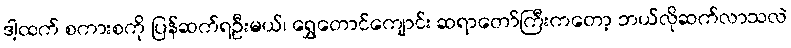
ဒါ့ထက် စကားစကို ပြန်ဆက်ရဦးမယ်၊ ရွှေတောင်ကျောင်း ဆရာတော်ကြီးကတော့ ဘယ်လိုဆက်လာသလဲ